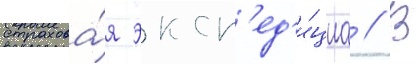
страхова́я эксп'ед'и́циа // В